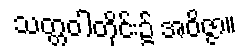
သတ္တဝါတိုင်း၌ အဝိဇ္ဇာ။